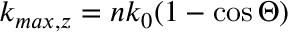
k _ { m a x , z } = n k _ { 0 } ( 1 - \cos \Theta )